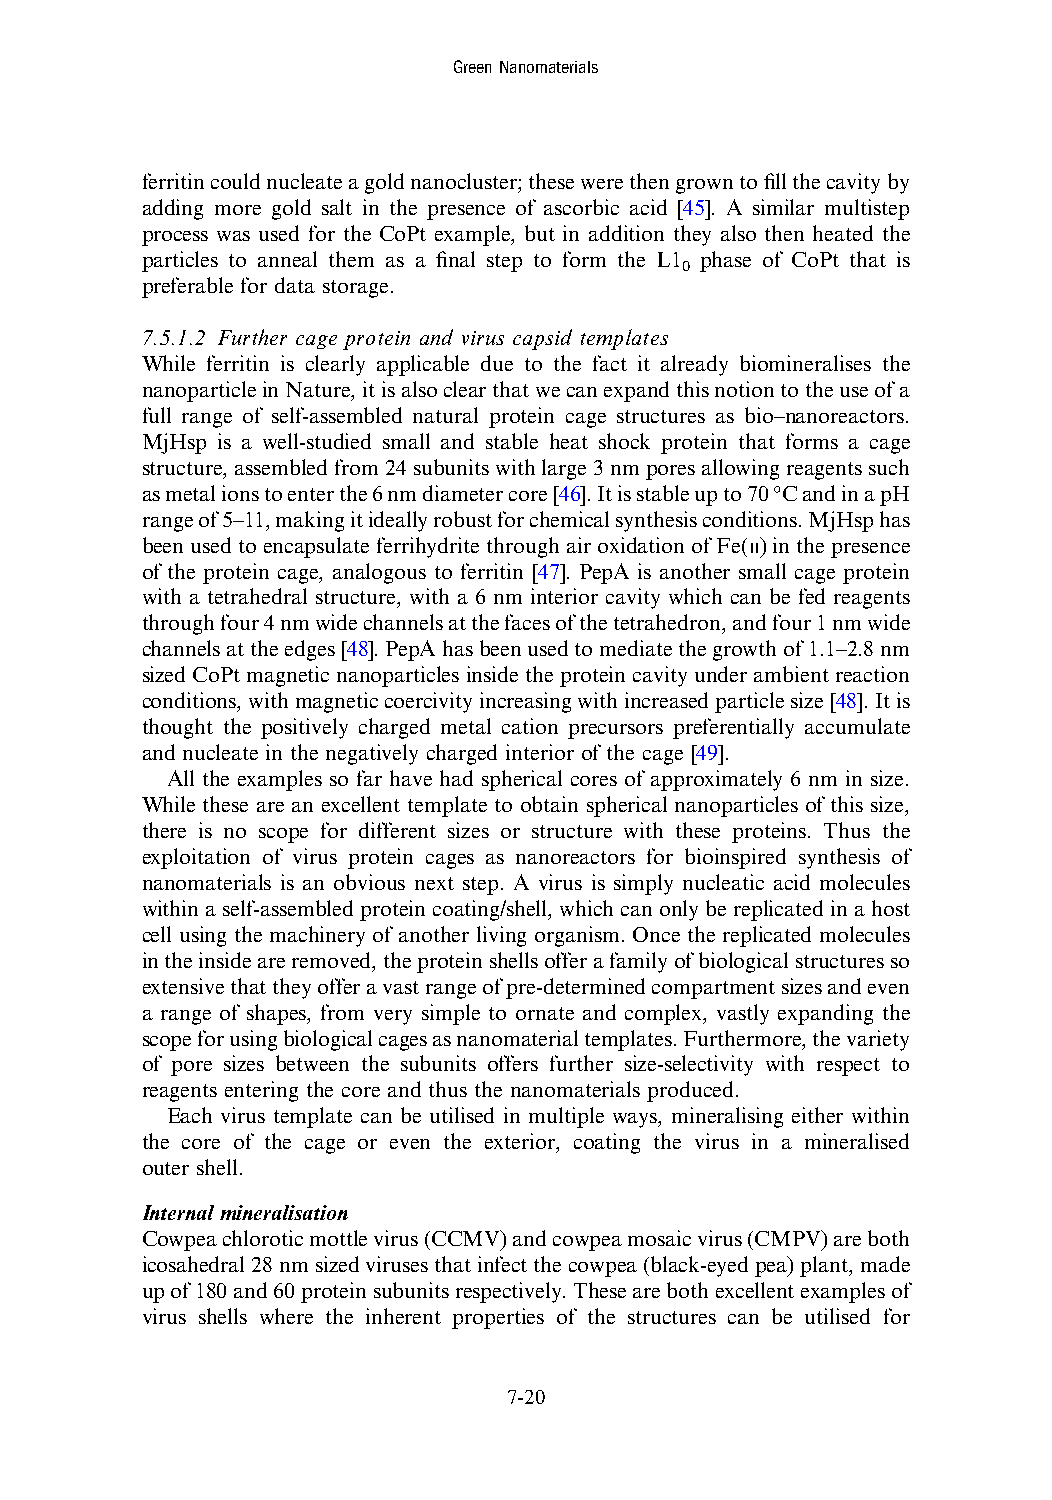
GreenNanomaterials
 ferritincouldnucleateagoldnanocluster;thesewerethengrowntofillthecavityby
 adding more gold salt in the presence of ascorbic acid [45]. A similar multistep
 process was used for the CoPt example, but in addition they also then heated the
 particles to anneal them as a final step to form the L1 phase of CoPt that is
 0
 preferable for data storage.
 7.5.1.2 Further cage protein and virus capsid templates
 While ferritin is clearly applicable due to the fact it already biomineralises the
 nanoparticleinNature,itisalsoclearthatwecanexpandthisnotiontotheuseofa
 full range of self-assembled natural protein cage structures as bio–nanoreactors.
 MjHsp is a well-studied small and stable heat shock protein that forms a cage
 structure,assembledfrom24subunitswithlarge3nmporesallowingreagentssuch
 asmetalionstoenterthe6nmdiametercore[46].Itisstableupto70°CandinapH
 rangeof5–11,makingitideallyrobustforchemicalsynthesisconditions.MjHsphas
 been used to encapsulateferrihydrite through air oxidation ofFe(II) in the presence
 of the protein cage, analogous to ferritin [47]. PepA is another small cage protein
 with a tetrahedral structure, with a 6 nm interior cavity which can be fed reagents
 throughfour4nmwidechannelsatthefacesofthetetrahedron,andfour1nmwide
 channelsattheedges[48].PepAhasbeenusedtomediatethegrowthof1.1–2.8nm
 sized CoPt magnetic nanoparticles inside the protein cavity under ambient reaction
 conditions,withmagneticcoercivityincreasingwithincreasedparticlesize[48].Itis
 thought the positively charged metal cation precursors preferentially accumulate
 and nucleate in the negatively charged interior of the cage [49].
 All the examples so far have had spherical cores of approximately 6 nm in size.
 While these are an excellent template to obtain spherical nanoparticles of this size,
 there is no scope for different sizes or structure with these proteins. Thus the
 exploitation of virus protein cages as nanoreactors for bioinspired synthesis of
 nanomaterials is an obvious next step. A virus is simply nucleatic acid molecules
 withinaself-assembled proteincoating/shell, which canonlybe replicatedin ahost
 cell using the machinery of another living organism. Once the replicated molecules
 intheinsideareremoved,theproteinshellsofferafamilyofbiologicalstructuresso
 extensivethattheyofferavastrangeofpre-determinedcompartmentsizesandeven
 a range of shapes, from very simple to ornate and complex, vastly expanding the
 scopeforusingbiologicalcagesasnanomaterialtemplates.Furthermore,thevariety
 of pore sizes between the subunits offers further size-selectivity with respect to
 reagents entering the core and thus the nanomaterials produced.
 Each virus template can be utilised in multiple ways, mineralising either within
 the core of the cage or even the exterior, coating the virus in a mineralised
 outer shell.
 Internal mineralisation
 Cowpeachloroticmottlevirus(CCMV)andcowpeamosaicvirus(CMPV)areboth
 icosahedral28nmsizedvirusesthatinfectthecowpea(black-eyedpea)plant,made
 upof180and60proteinsubunitsrespectively.Thesearebothexcellentexamplesof
 virus shells where the inherent properties of the structures can be utilised for
 7-20